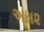
અસ૨